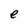
Character: e